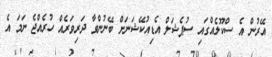
އޭރުން އެ ސްކޫލެއްގައި ސުޕެޝަލް އެޑިއުކޭޝަނަށް ބޭނުންވާ ދަރިވަރެއް ހުރެއްޖެ ނަމަ އެ